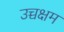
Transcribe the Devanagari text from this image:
उच्चक्षम